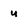
Character: u